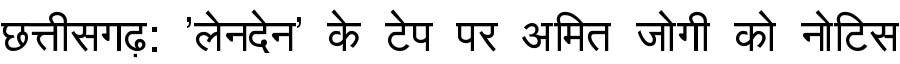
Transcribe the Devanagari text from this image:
छत्तीसगढ़: 'लेनदेन' के टेप पर अमित जोगी को नोटिस